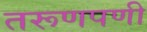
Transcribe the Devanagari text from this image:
तरूणपणी